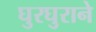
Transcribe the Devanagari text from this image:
घुरघुराने